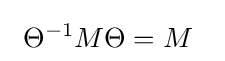
\ \Theta ^{-1}M\Theta =M~~